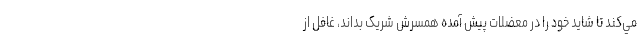
مي‌کند تا شايد خود را در معضلات پيش آمده همسرش شريک بداند، غافل از